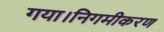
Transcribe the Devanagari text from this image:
गया।निगमीकरण